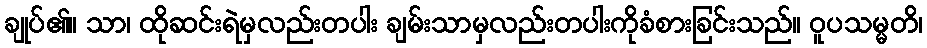
ချုပ်၏။ သာ၊ ထိုဆင်းရဲမှလည်းတပါး ချမ်းသာမှလည်းတပါးကိုခံစားခြင်းသည်။ ဝူပသမ္မတိ၊